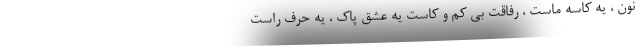
نون ، یه کاسه ماست ، رفاقتِ بی کم و کاست یه عشق پاک ، یه حرف راست